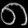
Digit: ၈